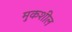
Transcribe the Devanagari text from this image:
मुकशील